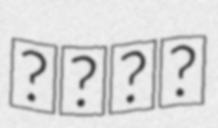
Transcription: عبدل